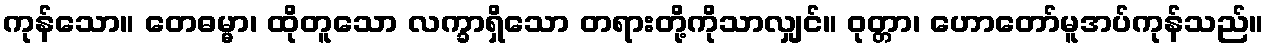
ကုန်သော။ တေဓမ္မာ၊ ထိုတူသော လက္ခာရှိသော တရားတို့ကိုသာလျှင်။ ဝုတ္တာ၊ ဟောတော်မူအပ်ကုန်သည်။